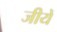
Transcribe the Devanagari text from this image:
जीयें